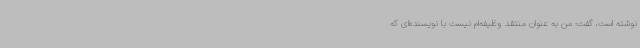
نوشته است، گفت: من به عنوان منتقد وظیفه‌ام نیست با نویسنده‌ای که